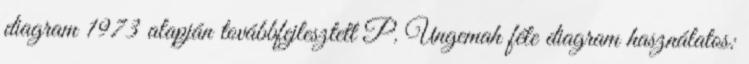
diagram 1973 alapján továbbfejlesztett P. Ungemah féle diagram használatos: